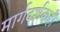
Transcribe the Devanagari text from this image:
मार्गदर्शकही